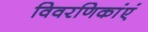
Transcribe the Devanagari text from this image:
विवरणिकांएं